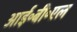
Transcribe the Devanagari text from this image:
आई॰बी॰एल